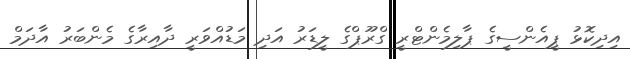
އިދިކޮޅު ޕީއެންސީގެ ޕާލިމެންޓްރީ ގްރޫޕްގެ ލީޑަރު އަދި މަޑުއްވަރީ ދާއިރާގެ މެންބަރު އާދަމް